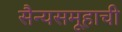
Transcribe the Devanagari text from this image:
सैन्यसमूहाची